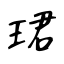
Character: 珺